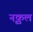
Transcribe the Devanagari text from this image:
नृकुल